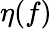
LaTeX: \eta(f)